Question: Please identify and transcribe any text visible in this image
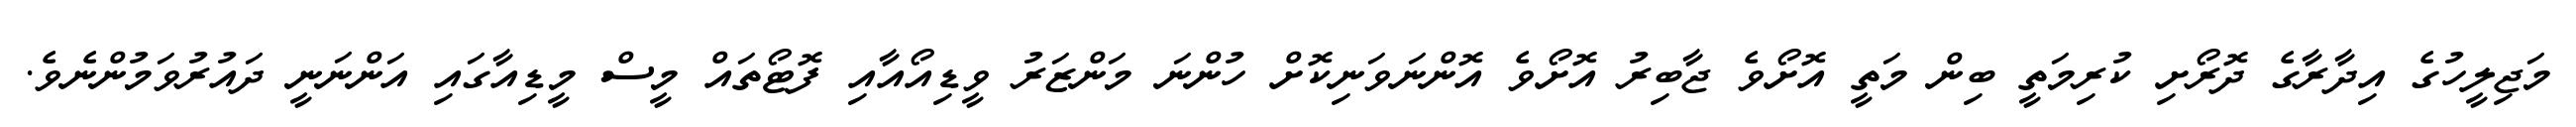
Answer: މަޖިލީހުގެ އިދާރާގެ ދޮރޯށި ކުރިމަތީ ބިން މަތީ އޮށޯވެ ޖާބިރު އޮށޯވެ އޮންނަވަނިކޮށް ހުންނަ މަންޒަރު ވީޑިއޯއާއި ފޮޓޯތައް މީސް މީޑިއާގައި އަންނަނީ ދައުރުވަމުންނެވެ.